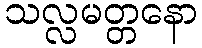
သလ္လမတ္တနော